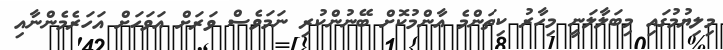
މިލިޔުމުގައި މިބަލާލަނީ މިހާރު ކިތަންމެ އާންމުކޮށް ބޭނުންކުރި ނަމަވެސް ވަރަށް އަވަހަށް އަހަރެމެންނާއި